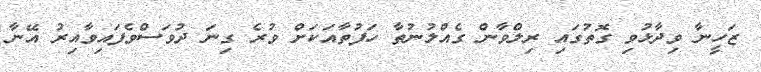
ޒަހީނާ ވިދާޅުވި ގޮތުގައި ރިލްވާން ގެއްލުނުތާ ހަފުތާއަކަށް ވުރެ ގިނަ ދުވަސްވެފައިވާއިރު އޭނާ